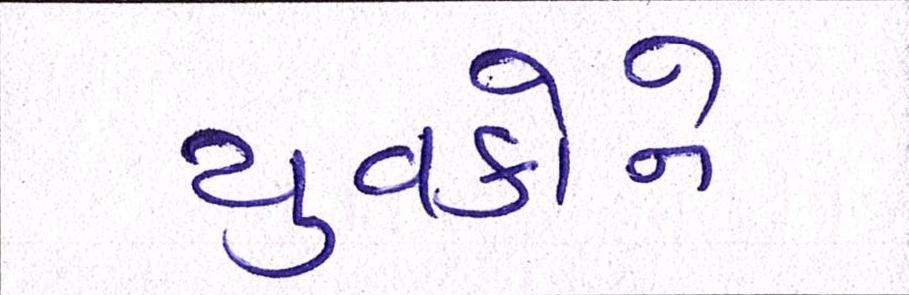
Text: યુવકોને